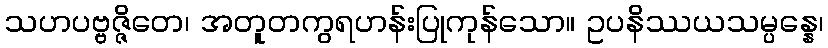
သဟပဗ္ဗဇ္ဇိတေ၊ အတူတကွရဟန်းပြုကုန်သော။ ဥပနိဿယသမ္ပန္နေ၊